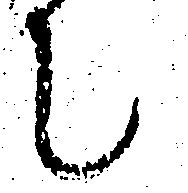
て